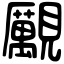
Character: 𧢝